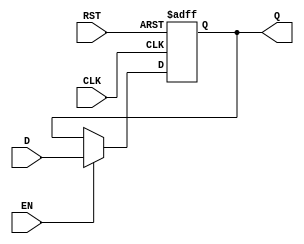
module StageRegister #(
    parameter WIDTH = 8  // Parameter to define the width of the register
)(
    input  wire [WIDTH-1:0] D,   // Data input
    input  wire CLK,               // Clock input
    input  wire RST,               // Asynchronous reset input
    input  wire EN,                // Enable input
    output reg  [WIDTH-1:0] Q      // Data output
);

    // Always block sensitive to the clock and reset
    always @(posedge CLK or posedge RST) begin
        if (RST) begin
            Q <= {WIDTH{1'b0}};  // Asynchronously reset the output to zero
        end else if (EN) begin
            Q <= D;              // Capture the input data on the clock edge if enabled
        end
        // If EN is not asserted, Q retains its previous value
    end

endmodule